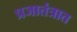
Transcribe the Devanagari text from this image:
प्रजातंत्रात